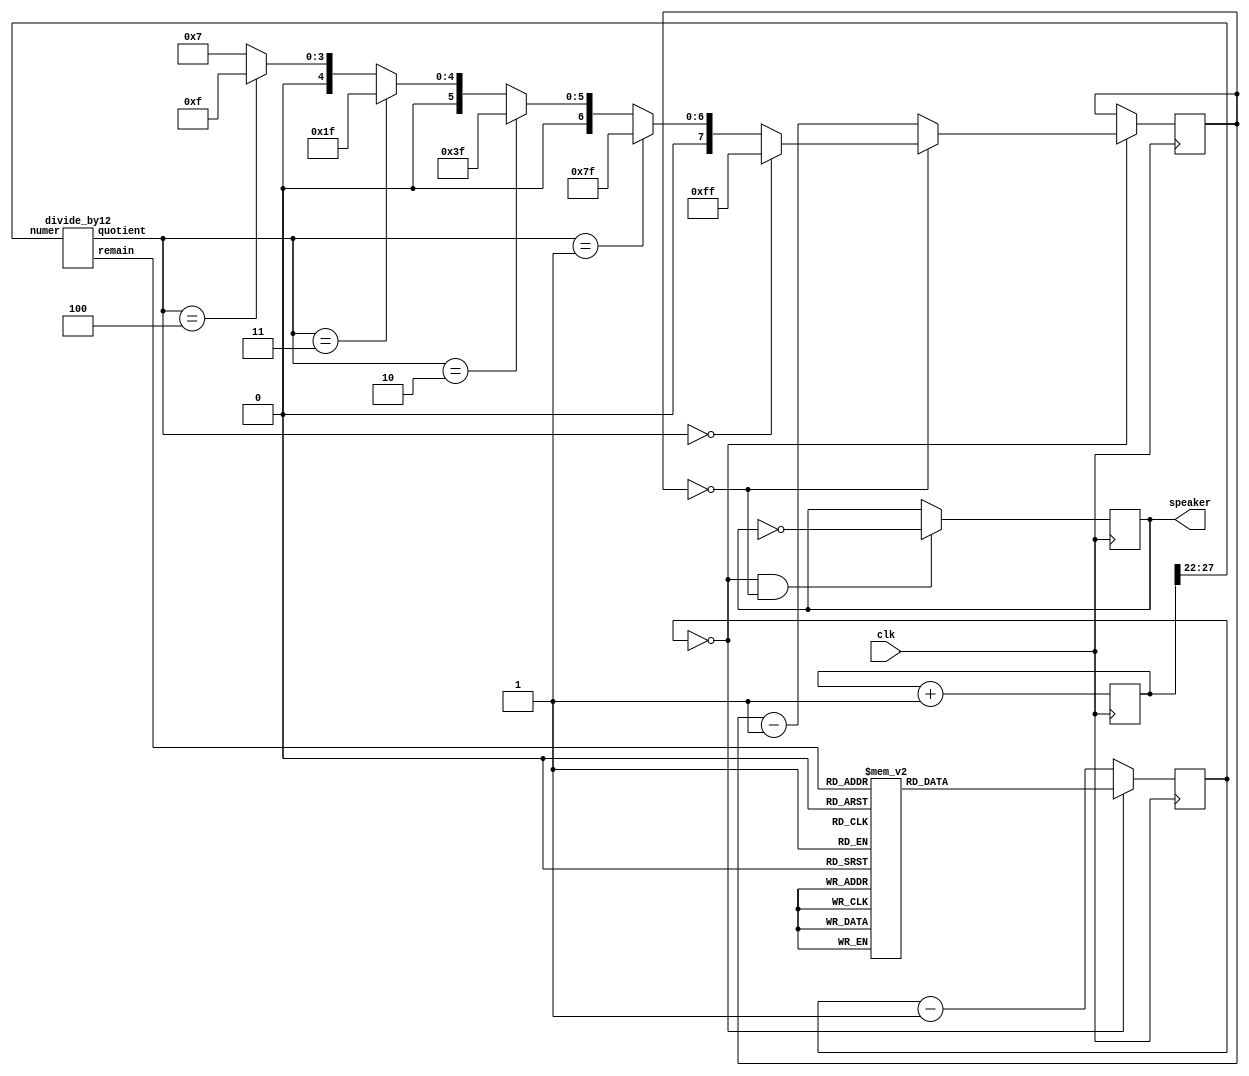

module music(clk, speaker);
	input clk;
	output speaker;

	reg [27:0] tone;
	always @(posedge clk) tone <= tone+1;

	wire [5:0] fullnote = tone[27:22];

	wire [2:0] octave;
	wire [3:0] note;
	divide_by12 divby12(.numer(fullnote[5:0]), .quotient(octave), .remain(note));

	reg [8:0] clkdivider;
	always @(note)
	case(note)
	  0: clkdivider = 512-1; // A 
	  1: clkdivider = 483-1; // A#/Bb
	  2: clkdivider = 456-1; // B 
	  3: clkdivider = 431-1; // C 
	  4: clkdivider = 406-1; // C#/Db
	  5: clkdivider = 384-1; // D 
	  6: clkdivider = 362-1; // D#/Eb
	  7: clkdivider = 342-1; // E 
	  8: clkdivider = 323-1; // F 
	  9: clkdivider = 304-1; // F#/Gb
	  10: clkdivider = 287-1; // G 
	  11: clkdivider = 271-1; // G#/Ab
	  12: clkdivider = 0; // should never happen
	  13: clkdivider = 0; // should never happen
	  14: clkdivider = 0; // should never happen
	  15: clkdivider = 0; // should never happen
	endcase

	reg [8:0] counter_note;
	always @(posedge clk) if(counter_note==0) counter_note <= clkdivider; else counter_note <= counter_note-1;

	reg [7:0] counter_octave;
	always @(posedge clk)
	if(counter_note==0)
	begin
	 if(counter_octave==0)
	  counter_octave <= (octave==0?255:octave==1?127:octave==2?63:octave==3?31:octave==4?15:7);
	 else
	  counter_octave <= counter_octave-1;
	end

	reg speaker;
	always @(posedge clk) if(counter_note==0 && counter_octave==0) speaker <= ~speaker;
endmodule

module divide_by12(numer, quotient, remain);
	input [5:0] numer;
	output [2:0] quotient;
	output [3:0] remain;

	reg [2:0] quotient;
	reg [3:0] remain_bit3_bit2;

	assign remain = {remain_bit3_bit2, numer[1:0]}; // the first 2 bits are copied through

	always @(numer[5:2]) // and just do a divide by "3" on the remaining bits
	case(numer[5:2])
		0: begin quotient=0; remain_bit3_bit2=0; end
		1: begin quotient=0; remain_bit3_bit2=1; end
		2: begin quotient=0; remain_bit3_bit2=2; end
		3: begin quotient=1; remain_bit3_bit2=0; end
		4: begin quotient=1; remain_bit3_bit2=1; end
		5: begin quotient=1; remain_bit3_bit2=2; end
		6: begin quotient=2; remain_bit3_bit2=0; end
		7: begin quotient=2; remain_bit3_bit2=1; end
		8: begin quotient=2; remain_bit3_bit2=2; end
		9: begin quotient=3; remain_bit3_bit2=0; end
	 10: begin quotient=3; remain_bit3_bit2=1; end
	 11: begin quotient=3; remain_bit3_bit2=2; end
	 12: begin quotient=4; remain_bit3_bit2=0; end
	 13: begin quotient=4; remain_bit3_bit2=1; end
	 14: begin quotient=4; remain_bit3_bit2=2; end
	 15: begin quotient=5; remain_bit3_bit2=0; end
	endcase
endmodule

//module music(clk, speaker);
//	input clk;
//	output speaker;
//
//	reg [27:0] tone;
//	always @(posedge clk) tone <= tone+1;
//
//	wire [6:0] fastsweep = (tone[22] ? tone[21:15] : ~tone[21:15]);
//	wire [6:0] slowsweep = (tone[25] ? tone[24:18] : ~tone[24:18]);
//	wire [14:0] clkdivider = {2'b01, (tone[27] ? slowsweep : fastsweep), 6'b000000};
//
//	reg [14:0] counter;
//	always @(posedge clk) if(counter==0) counter <= clkdivider; else counter <= counter-1;
//
//	reg speaker;
//	always @(posedge clk) if(counter==0) speaker <= ~speaker;
//endmodule

//module music(clk, speaker);
//	input clk;
//	output speaker;
//
//	reg [22:0] tone;
//	always @(posedge clk) tone <= tone+1;
//
//	wire [6:0] ramp = (tone[22] ? tone[21:15] : ~tone[21:15]);
//	wire [14:0] clkdivider = {2'b01, ramp, 6'b000000};
//
//	reg [14:0] counter;
//	always @(posedge clk) if(counter==0) counter <= clkdivider; else counter <= counter-1;
//
//	reg speaker;
//	always @(posedge clk) if(counter==0) speaker <= ~speaker;
//endmodule

//module music(clk, speaker);
//	input clk;
//	output speaker;
//   parameter clkdivider = 50000000/440/2;
//	
//	reg [23:0] tone;
//	always @(posedge clk)
//		tone <= tone + 1;
//
//	reg [14:0] counter;
//	always @(posedge clk)
//		if(counter == 0)
//			counter <= (tone[23] ? clkdivider - 1 : clkdivider/2 -1);
//		else
//			counter <= counter - 1;
//	
//	reg speaker;
//	always @(posedge clk)
//		if(counter == 0)
//			speaker <= ~speaker;
//			
//endmodule

//module music(clk, speaker);
//	input clk;
//	output speaker;
//
//	reg [15:0] counter;
//	always @(posedge clk)
//		counter <= counter + 1;
//	assign speaker = counter[15];
//endmodule